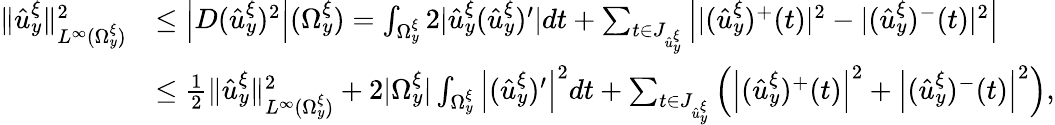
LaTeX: \begin{array}{rl}{\Vert\hat{u}_{y}^{\xi}\Vert_{L^{\infty}(\Omega_{y}^{\xi})}^{2}}&{\leq\left|D(\hat{u}_{y}^{\xi})^{2}\right|(\Omega_{y}^{\xi})=\int_{\Omega_{y}^{\xi}}2|\hat{u}_{y}^{\xi}(\hat{u}_{y}^{\xi})^{\prime}|dt+\sum_{t\in J_{\hat{u}_{y}^{\xi}}}\left||(\hat{u}_{y}^{\xi})^{+}(t)|^{2}-|(\hat{u}_{y}^{\xi})^{-}(t)|^{2}\right|}\\ &{\leq\frac{1}{2}\Vert\hat{u}_{y}^{\xi}\Vert_{L^{\infty}(\Omega_{y}^{\xi})}^{2}+2|\Omega_{y}^{\xi}|\int_{\Omega_{y}^{\xi}}\left|(\hat{u}_{y}^{\xi})^{\prime}\right|^{2}dt+\sum_{t\in J_{\hat{u}_{y}^{\xi}}}\left(\left|(\hat{u}_{y}^{\xi})^{+}(t)\right|^{2}+\left|(\hat{u}_{y}^{\xi})^{-}(t)\right|^{2}\right),}\end{array}